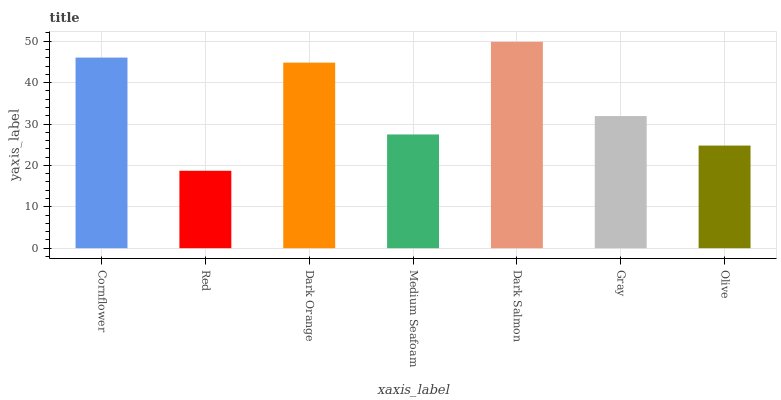
| xaxis_label | bars |
 | --- | --- |
 | Cornflower | 46.1 |
 | Red | 18.7 |
 | Dark Orange | 44.8 |
 | Medium Seafoam | 27.5 |
 | Dark Salmon | 49.9 |
 | Gray | 31.9 |
 | Olive | 24.8 |